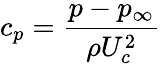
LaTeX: c_{p}=\frac{p-p_{\infty}}{\rho U_{c}^{2}}